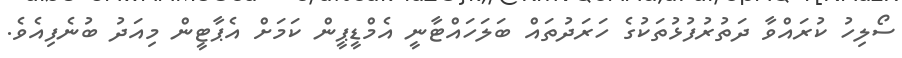
ސޯލިހު ކުރައްވާ ދަތުރުފުޅުތަކުގެ ހަރަދުތައް ބަލަހައްޓާނީ އެމްޑީޕީން ކަމަށް އެޕާޓީން މިއަދު ބުނެފިއެވެ.